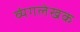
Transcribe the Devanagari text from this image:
व्यंगलेखक